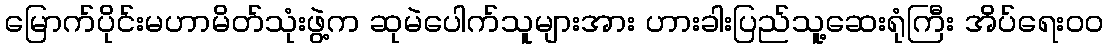
မြောက်ပိုင်းမဟာမိတ်သုံးဖွဲ့က ဆုမဲပေါက်သူများအား ဟားခါးပြည်သူ့ဆေးရုံကြီး အိပ်ရေးဝဝ